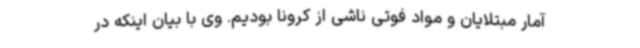
آمار مبتلایان و مواد فوتی ناشی از کرونا بودیم. وی با بیان اینکه در